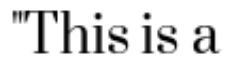
"This is a